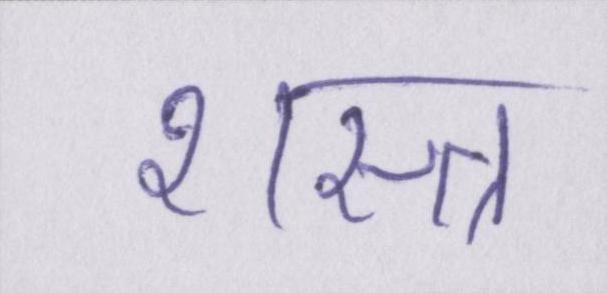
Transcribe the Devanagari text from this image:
शस्त्र